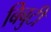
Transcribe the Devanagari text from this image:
बिबुटी